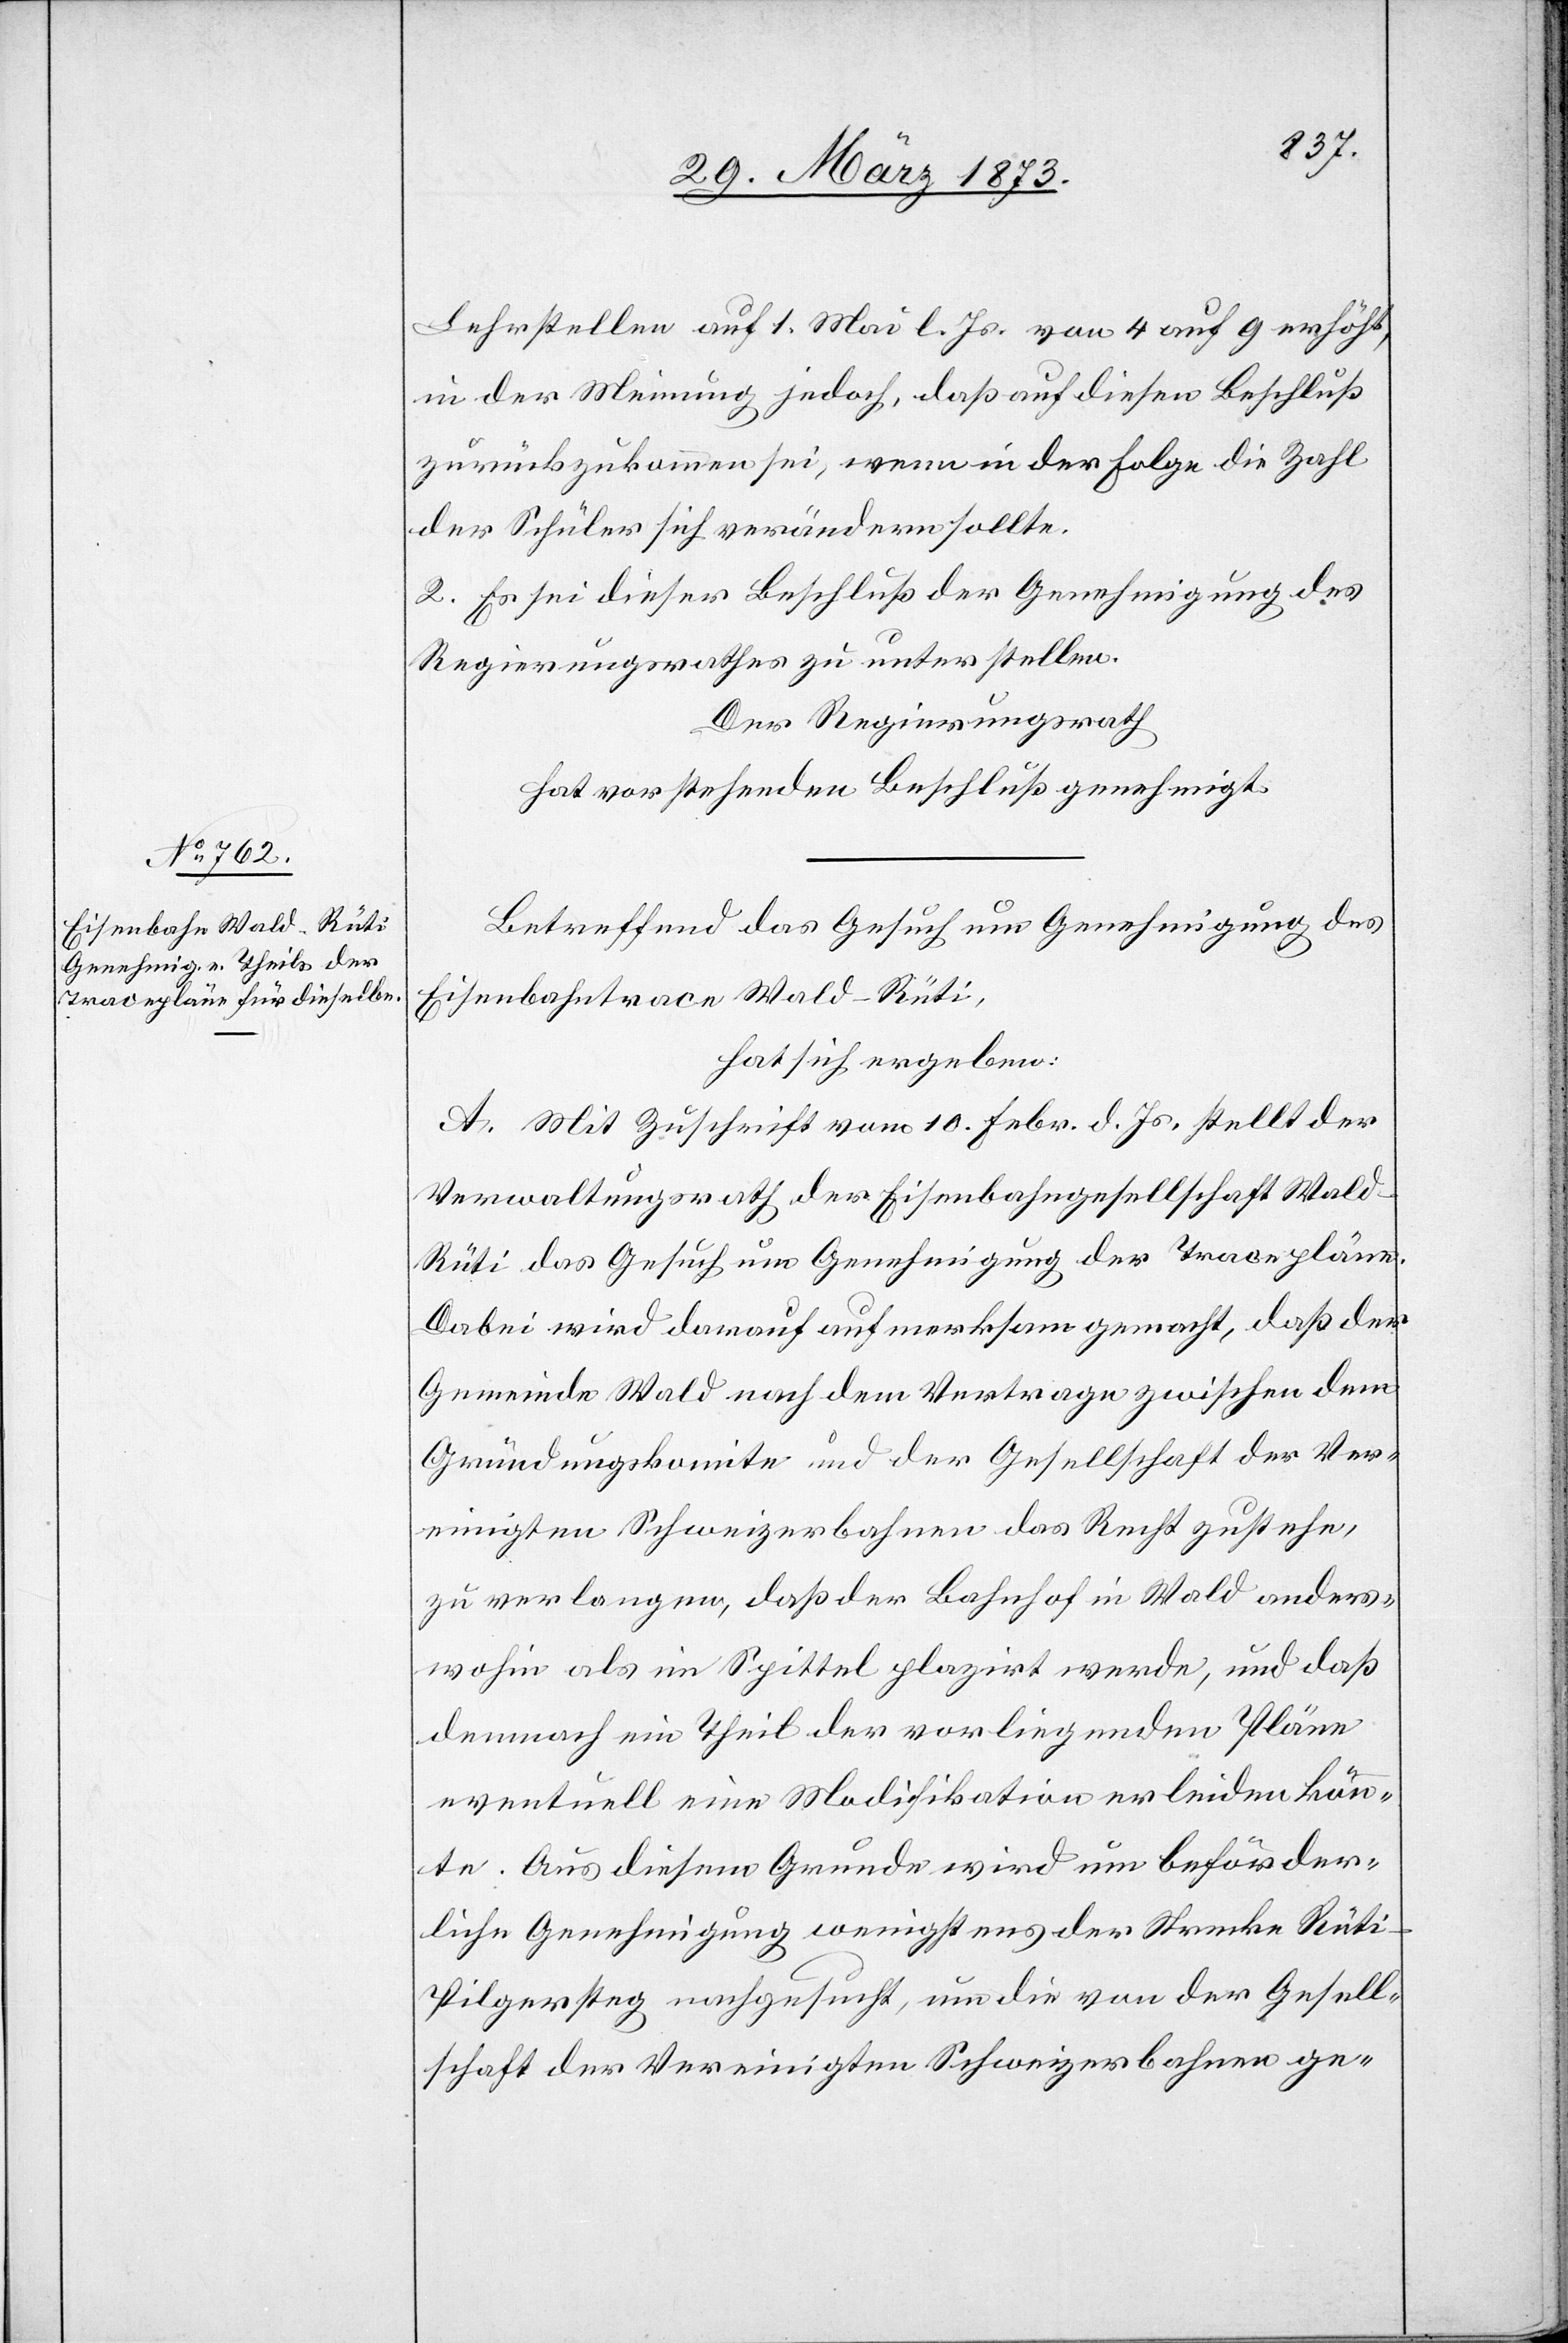
Lehrstellen auf 1. Mai l. Js. von 4 auf 9 erhöht,
in der Meinung jedoch, daß auf diesen Beschluß
zurückzukommen sei, wenn in der Folge die Zahl
der Schüler sich verändern sollte.
2. Es sei dieser Beschluß der Genehmigung des
Regierungsrathes zu unterstellen.
Der Regierungsrath
hat vorstehenden Beschluß genehmigt.
Betreffend das Gesuch um Genehmigung des
Eisenbahntrace Wald–Rüti,
hat sich ergeben:
A. Mit Zuschrift vom 10. Febr. d. Js., stellt der
Verwaltungsrath der Eisenbahngesellschaft Wal¬
d–Rüti das Gesuch um Genehmigung der Tracepläne.
Dabei wird darauf aufmerksam gemacht, daß der
Gemeinde Wald nach dem Vertrage zwischen dem
Gründungskomite und der Gesellschaft der Ver¬
einigten Schweizerbahnen das Recht zustehe,
zu verlangen, daß der Bahnhof in Wald anders¬
wohin als im Spittel plazirt werde, und daß
demnach ein Theil der vorliegenden Pläne
eventuell eine Modifikation erleiden könn¬
te. Aus diesem Grunde wird um beförder¬
liche Genehmigung wenigstens der Strecke Rüti–P¬
ilgersteg nachgesucht, um die von der Gesell¬
schaft der Vereinigten Schweizerbahnen ge-